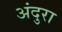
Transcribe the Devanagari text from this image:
अंदुरा